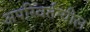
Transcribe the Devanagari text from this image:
अपरिवर्तन्यील